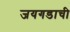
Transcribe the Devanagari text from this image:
जयगडाची